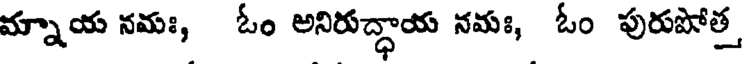
మ్నాయ నమః, ఓం అనిరుద్ధాయ నమః, ఓం పురుపోత్త